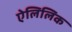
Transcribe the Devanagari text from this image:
ऐलिलिक